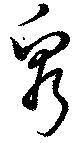
窮